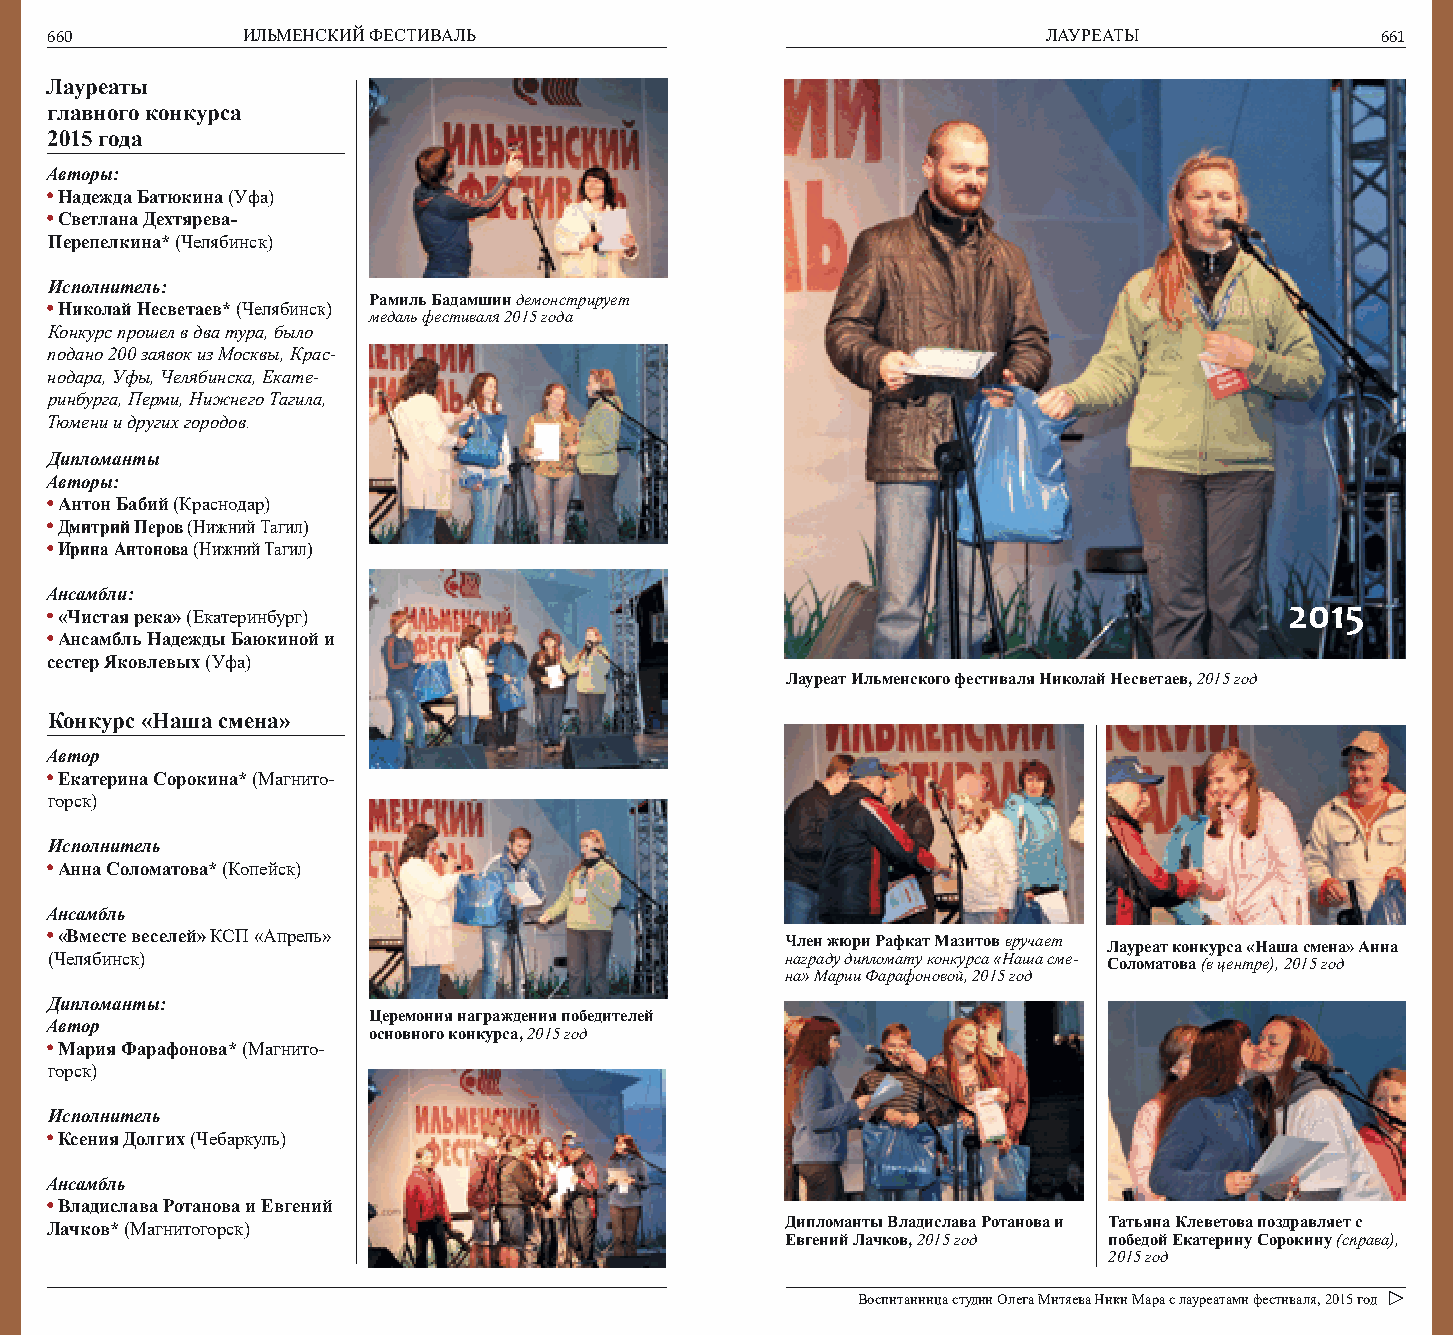
660          ИЛЬМЕНСКИЙ ФЕСТИВАЛЬ                                 ЛАУРЕАТЫ              661
 Лауреаты
 главного конкурса
 2015 года
 Авторы:
 Надежда Батюкина (Уфа)
 Светлана Дехтярева-
 Перепелкина* (Челябинск)
 Исполнитель:
 Рамиль Бадамшин демонстрирует
 Николай Несветаев* (Челябинск)
 медаль фестиваля 2015 года
 Конкурс прошел в два тура, было
 подано 200 заявок из Москвы, Крас-
 нодара, Уфы, Челябинска, Екате-
 ринбурга, Перми, Нижнего Тагила,
 Тюмени и других городов.
 Дипломанты
 Авторы:
 Антон Бабий (Краснодар)
 Дмитрий Перов (Нижний Тагил)
 Ирина Антонова (Нижний Тагил)
 Ансамбли:
 2015
 «Чистая река» (Екатеринбург)
 Ансамбль Надежды Баюкиной и
 сестер Яковлевых (Уфа)
 Лауреат Ильменского фестиваля Николай Несветаев, 2015 год
 Конкурс «Наша смена»
 Автор
 Екатерина Сорокина* (Магнито-
 горск)
 Исполнитель
 Анна Соломатова* (Копейск)
 Ансамбль
 «Вместе веселей» КСП «Апрель»                   Член жюри Рафкат Мазитов вручает Лауреат конкурса «Наша смена» Анна
 (Челябинск)                                      награду дипломату конкурса «Наша сме- Соломатова (в центре), 2015 год
 на» Марии Фарафоновой, 2015 год
 Дипломанты:
 Церемония награждения победителей
 Автор
 основного конкурса, 2015 год
 Мария Фарафонова* (Магнито-
 горск)
 Исполнитель
 Ксения Долгих (Чебаркуль)
 Ансамбль
 Владислава Ротанова и Евгений
 Лачков* (Магнитогорск)                           Дипломанты Владислава Ротанова и Татьяна Клеветова поздравляет с
 Евгений Лачков, 2015 год победой Екатерину Сорокину (справа),
 2015 год
 Воспитанница студии Олега Митяева Ники Мара с лауреатами фестиваля, 2015 год